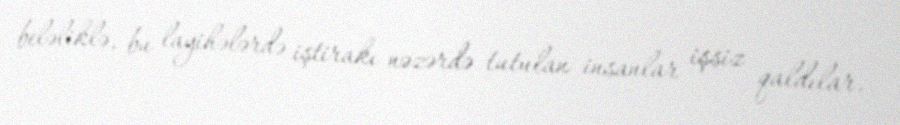
beləliklə, bu layihələrdə iştirakı nəzərdə tutulan insanlar işsiz qaldılar.